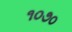
૧૦૭૦